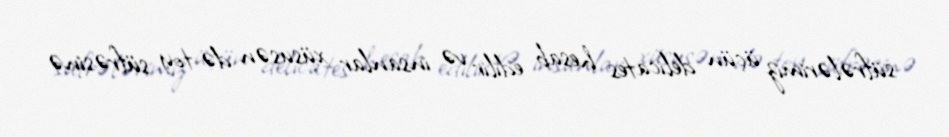
süfrələrimiz üçün delicates hesab edilir və insanlar xüsusən də toy süfrəsinə